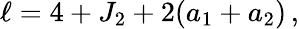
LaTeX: \ell=4+J_{2}+2(a_{1}+a_{2})\, ,